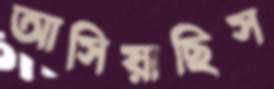
আসিয়াছিস